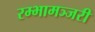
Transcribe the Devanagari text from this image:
रम्भामञ्जरी